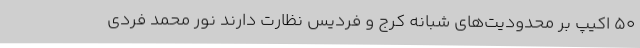
50 اکیپ بر محدودیت‌های شبانه کرج و فردیس نظارت دارند نور محمد فردی